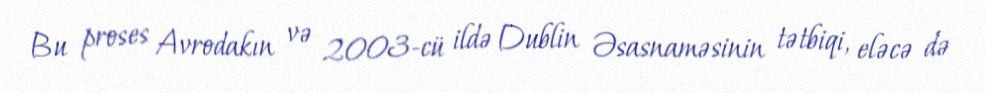
Bu proses Avrodakın və 2003-cü ildə Dublin Əsasnaməsinin tətbiqi, eləcə də